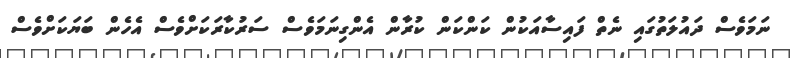
ނަމަވެސް ދައުލަތުގައި ނެތް ފައިސާއަކުން ކަންކަން ކުރާން އެންގިނަމަވެސް ސަރުކާރަކަށްވެސް އެހެން ބަޔަކަށްވެސް